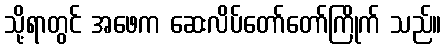
သို့ရာတွင် အဖေက ဆေးလိပ်တော်တော်ကြိုက် သည်။